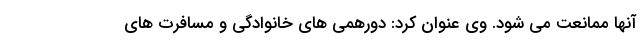
آنها ممانعت می شود. وی عنوان کرد: دورهمی های خانوادگی و مسافرت های